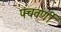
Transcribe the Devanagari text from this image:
पंचवर्णी